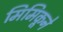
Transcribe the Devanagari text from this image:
मिमिकूने